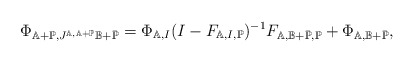
\begin{align*} \Phi_{\mathbb{A}+\mathbb{P},J^{\mathbb{A},\mathbb{A}+\mathbb{P}}\mathbb{B}+\bar{\mathbb{P}}}=\Phi_{\mathbb{A},I}(I-F_{\mathbb{A},I,\mathbb{P}})^{-1}F_{\mathbb{A},\mathbb{B}+\bar{\mathbb{P}},\mathbb{P}}+\Phi_{\mathbb{A},\mathbb{B}+\bar{\mathbb{P}}},\end{align*}